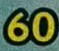
60